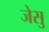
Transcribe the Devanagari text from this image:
जेसु